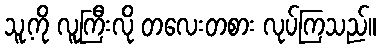
သူ့ကို လူကြီးလို တလေးတစား လုပ်ကြသည်။